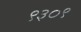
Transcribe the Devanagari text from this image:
९३०९